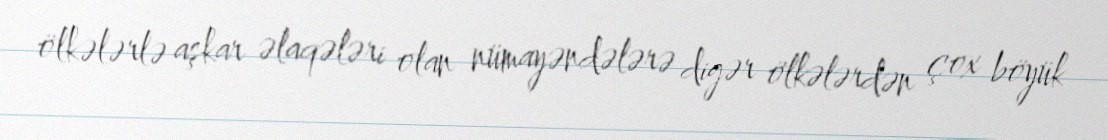
ölkələrlə aşkar əlaqələri olan nümayəndələrə digər ölkələrdən çox böyük